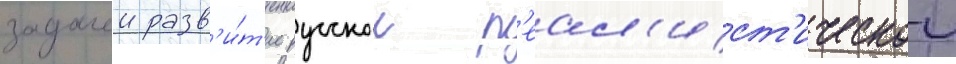
задачеи разв'и́т'ие русскои р'еал'ист'ическои